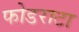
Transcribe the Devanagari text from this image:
फोडराटा